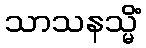
သာသနသ္မိံ